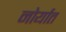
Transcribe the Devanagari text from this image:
नोर्यात